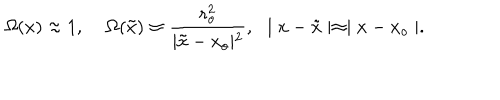
\Omega ( x ) \approx 1 , \; \Omega ( \tilde { x } ) \approx { \frac { r _ { o } ^ { 2 } } { \mid \tilde { x } - x _ { o } \mid ^ { 2 } } } , \, \, \, \, \mid x - \tilde { x } \mid \approx \mid x - x _ { o } \mid .